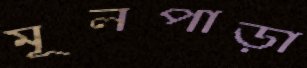
মূলপাড়া